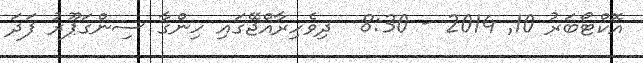
އޮކްޓޯބަރު 10